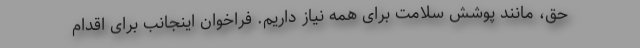
حق، مانند پوشش سلامت برای همه نیاز داریم. فراخوان اینجانب برای اقدام